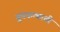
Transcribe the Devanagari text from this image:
चुंबकत्वाची